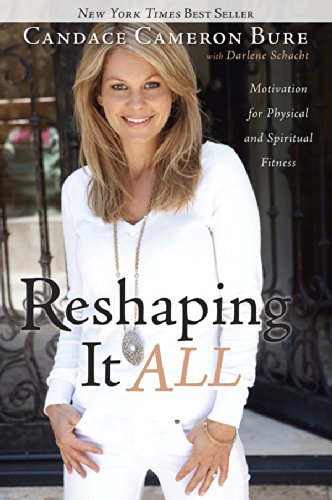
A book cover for Reshaping It All: Motivation for Physical and Spiritual Fitness; Candace Cameron Bure; Biographies & Memoirs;